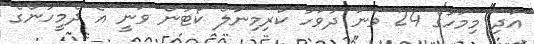
އަދި މިމަހުގެ 24 ވަނަ ދުވަހު ކްރިމިނަލް ކޯޓުން ވަނީ އެ ދެމީހުންގެ